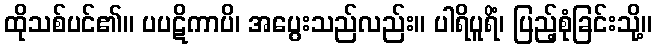
ထိုသစ်ပင်၏။ ပပဋိကာပိ၊ အပွေးသည်လည်း။ ပါရိပူရိံ၊ ပြည့်စုံခြင်းသို့။